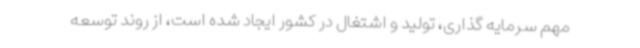
مهم سرمایه گذاری، تولید و اشتغال در کشور ایجاد شده است، از روند توسعه